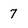
Character: 7